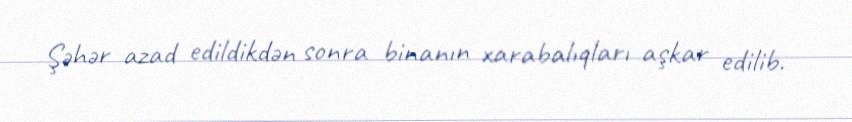
Şəhər azad edildikdən sonra binanın xarabalıqları aşkar edilib.